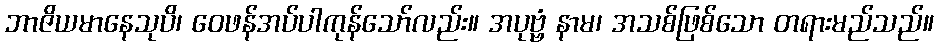
ဘာဇိယမာနေသုပိ၊ ဝေဖန်အပ်ပါကုန်သော်လည်း။ အပုဗ္ဗံ နာမ၊ အသစ်ဖြစ်သော တရားမည်သည်။